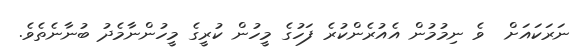
ނަރަކައަށް  ވެ ނިމުމުން އެއުރެންކުރެ ފަހުގެ މީހުން ކުރީގެ މީހުންނާމެދު ބުނާނެތެވެ.